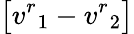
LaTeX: \big[{v^{r}}_{1}-{v^{r}}_{2}\big]